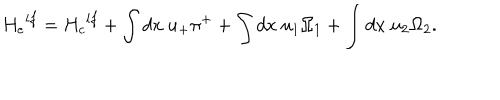
{ H _ { e } } ^ { l f } = { H _ { c } } ^ { l f } + \int d x ~ u _ { + } \pi ^ { + } + \int d x ~ u _ { 1 } \Omega _ { 1 } + \int d x ~ u _ { 2 } \Omega _ { 2 } .